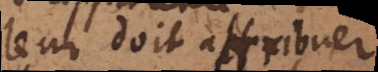
leur doit attribuer